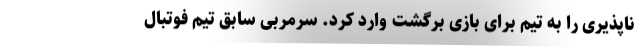
ناپذیری را به تیم برای بازی برگشت وارد کرد. سرمربی سابق تیم فوتبال